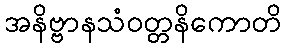
အနိဗ္ဗာနသံဝတ္တနိကောတိ